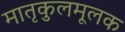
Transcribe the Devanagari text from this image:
मातृकुलमूलक